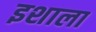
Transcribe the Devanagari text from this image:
इशाला